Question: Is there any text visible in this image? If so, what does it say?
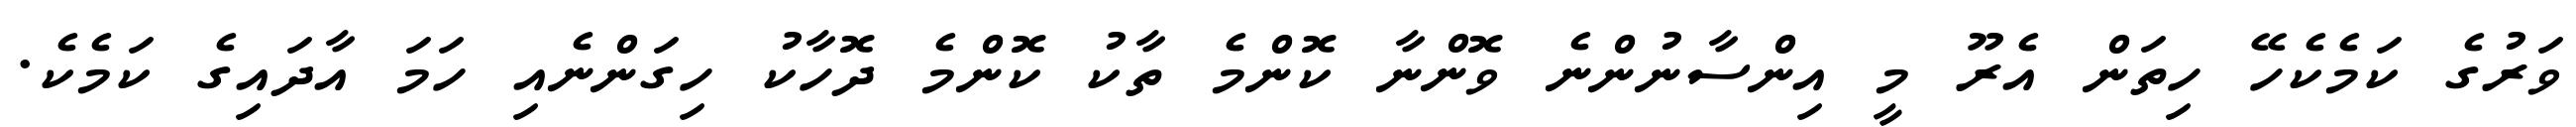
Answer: ވަރުގެ ކަމެކެހޭ ހިތަން އެރޫ މީ އިންސާނުންނެ ވޮންނާ ކޮންމެ ތާކު ކޮންމެ ދޮހާކު ހިގަންނެއި ހަމަ އާދައިގެ ކަމެކެ.